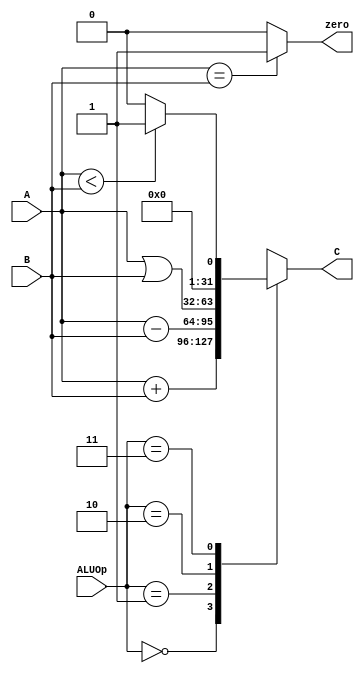
`timescale 1ns / 1ps
//////////////////////////////////////////////////////////////////////////////////
// Company: 
// Engineer: 
// 
// Design Name: 
// Module Name:    ALU 
// Project Name: 
// Target Devices: 
// Tool versions: 
// Description: 
//
// Dependencies: 
//
// Revision: 
// Revision 0.01 - File Created
// Additional Comments: 
//
//////////////////////////////////////////////////////////////////////////////////
module ALU(
    input [2:0] ALUOp,
    input [31:0] A,
    input [31:0] B,
    output reg [31:0] C,
    output zero
    );
	 
	 parameter ADD = 3'b000,
	           SUB = 3'b001,
				  OR =  3'b010,
				  SLT = 3'b011;
	
	 always@(*) begin
	     case(ALUOp)
		      ADD : C = A + B;
				SUB : C = A - B;
				OR  : C = A | B;
				SLT : C = (A < B)? 32'b1 : 32'b0;
				default: C = 32'bx;
		  endcase
	 end
	 
	 assign zero = (A==B)? 1'b1 : 1'b0;
	 
	 /*assign C = (ALUOp==ADD)? A + B :
	            (ALUOp==SUB)? A - B :
					(ALIOp==OR)?  A | B :
					                     32'b0;*/


endmodule